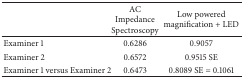
<table><thead><tr><td><b> </b></td><td><b>AC Impedance Spectroscopy</b></td><td><b>Low powered magnification + LED </b></td></tr></thead><tbody><tr><td>Examiner 1 </td><td>0.6286 </td><td>0.9057 </td></tr><tr><td>Examiner 2</td><td>0.6572</td><td>0.9515 SE </td></tr><tr><td>Examiner 1 versus Examiner 2</td><td>0.6473</td><td>0.8089 SE = 0.1061</td></tr></tbody></table>